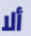
ألا